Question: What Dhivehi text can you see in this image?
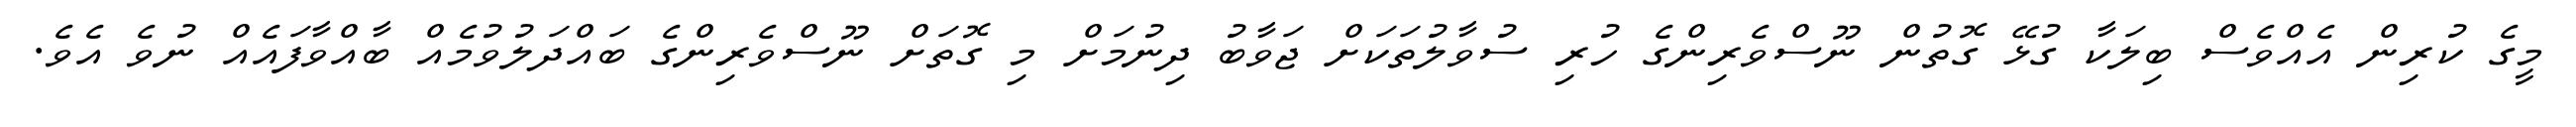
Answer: މީގެ ކުރިން އެއްވެސް ބިލަކާ ގުޅޭ ގޮތުން ނޫސްވެރިންގެ ހުރި ސުވާލުތަކަށް ޖަވާބު ދިނުމަށް މި ގޮތަށް ނޫސްވެރިންގެ ބައްދަލުވުމެއް ބާއްވާފައެއް ނުވެ އެވެ.